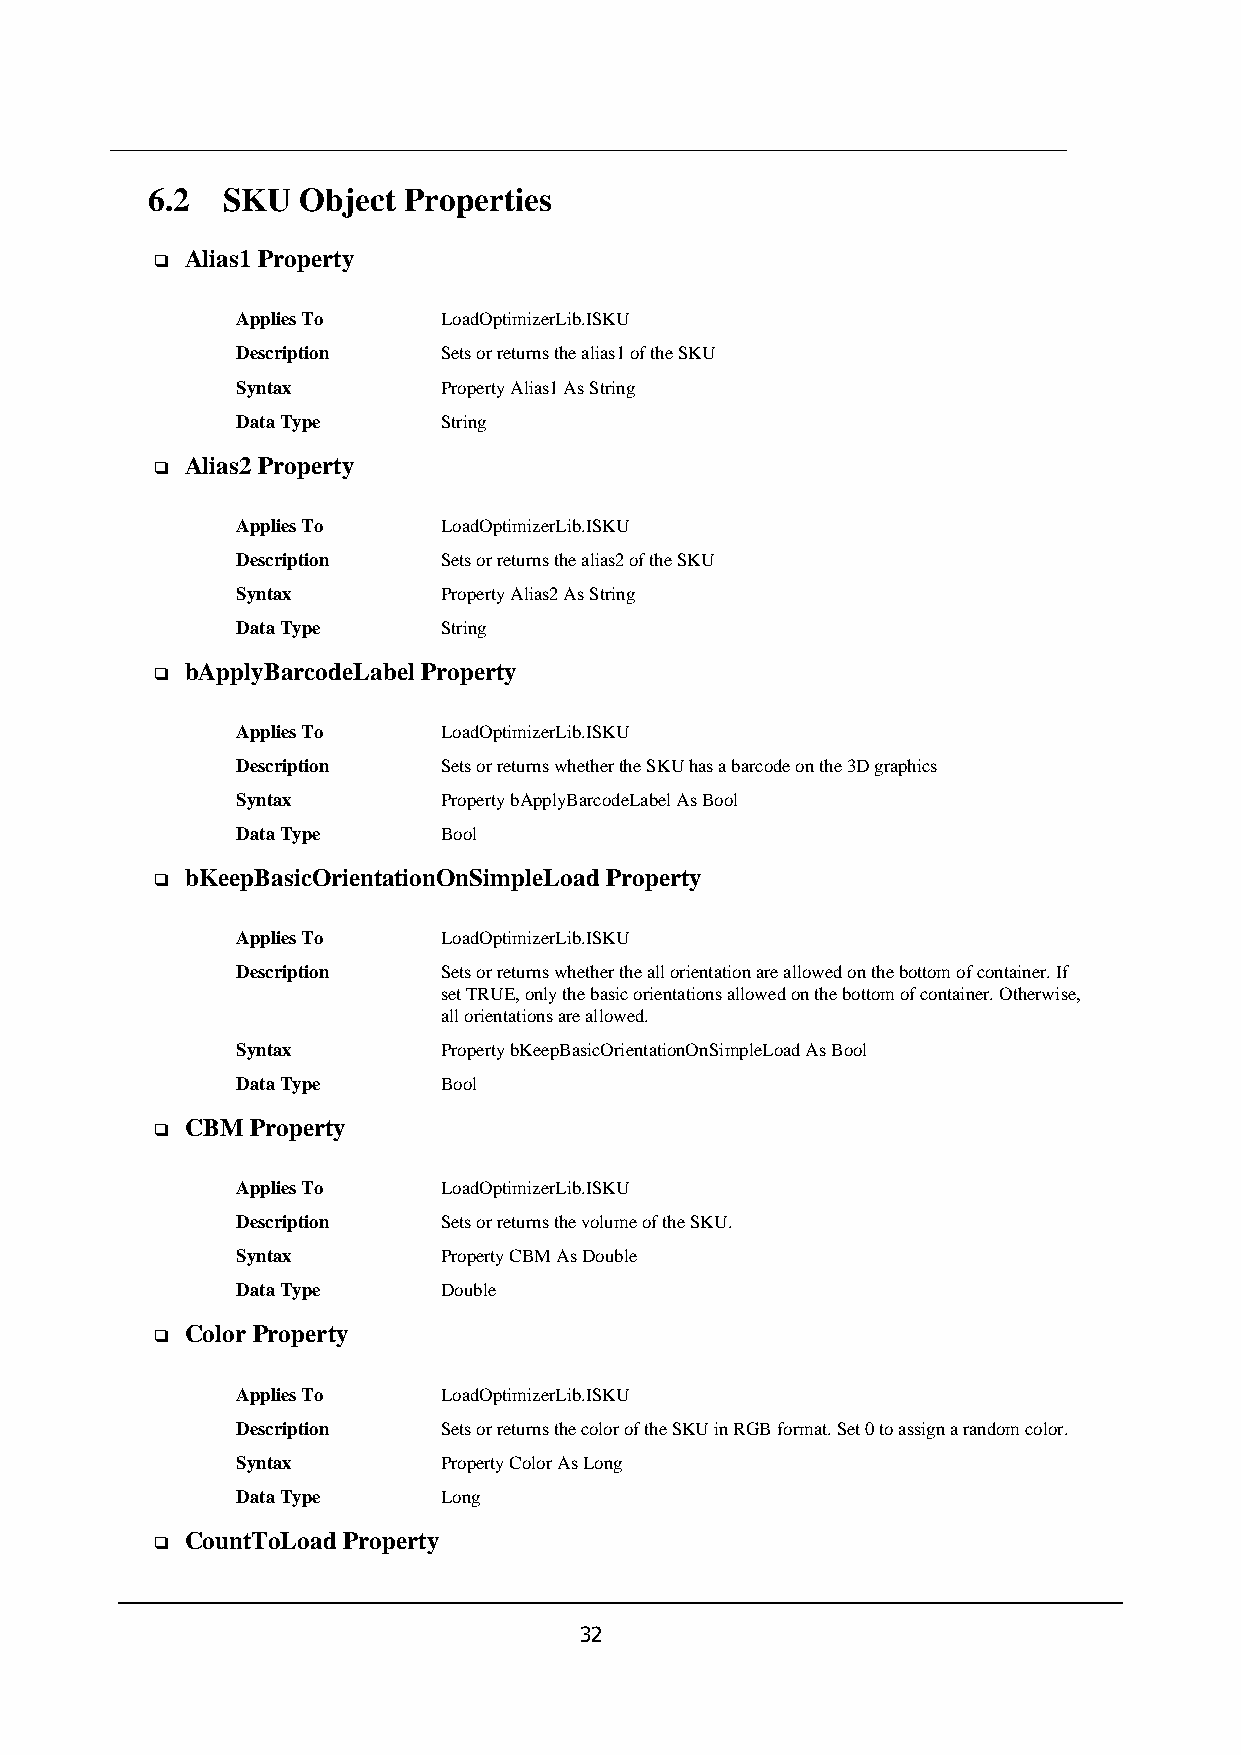
6.2  SKU  Object Properties
 Alias1 Property
 ❑
 Applies To   LoadOptimizerLib.ISKU
 Description  Sets or returns the alias1 of the SKU
 Syntax       Property Alias1 As String
 Data Type    String
 Alias2 Property
 ❑
 Applies To   LoadOptimizerLib.ISKU
 Description  Sets or returns the alias2 of the SKU
 Syntax       Property Alias2 As String
 Data Type    String
 bApplyBarcodeLabel Property
 ❑
 Applies To   LoadOptimizerLib.ISKU
 Description  Sets or returns whether the SKU has a barcode on the 3D graphics
 Syntax       Property bApplyBarcodeLabel As Bool
 Data Type    Bool
 bKeepBasicOrientationOnSimpleLoad Property
 ❑
 Applies To   LoadOptimizerLib.ISKU
 Description  Sets or returns whether the all orientation are allowed on the bottom of container. If
 set TRUE, only the basic orientations allowed on the bottom of container. Otherwise,
 all orientations are allowed.
 Syntax       Property bKeepBasicOrientationOnSimpleLoad As Bool
 Data Type    Bool
 CBM  Property
 ❑
 Applies To   LoadOptimizerLib.ISKU
 Description  Sets or returns the volume of the SKU.
 Syntax       Property CBM As Double
 Data Type    Double
 Color Property
 ❑
 Applies To   LoadOptimizerLib.ISKU
 Description  Sets or returns the color of the SKU in RGB format. Set 0 to assign a random color.
 Syntax       Property Color As Long
 Data Type    Long
 CountToLoad Property
 ❑
 32